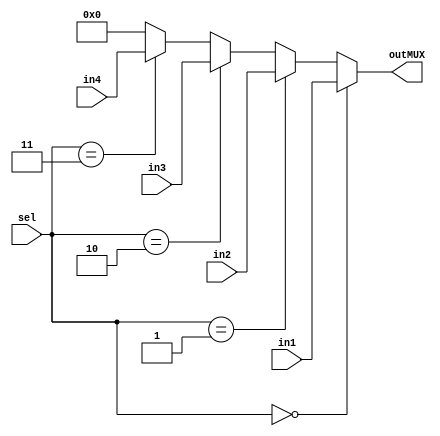
module Mux4to1 #(parameter N = 32)(in1, in2, in3, in4, sel, outMUX);
    input	[N-1:0] in1, in2, in3, in4;
    input 	[1:0]		sel; 
    output	[N-1:0] outMUX;

    assign outMUX = (sel == 2'b00) ? in1 :
                    (sel == 2'b01) ? in2 :
                    (sel == 2'b10) ? in3 :
                    (sel == 2'b11) ? in4 :
                     {(N){1'b0}};
endmodule